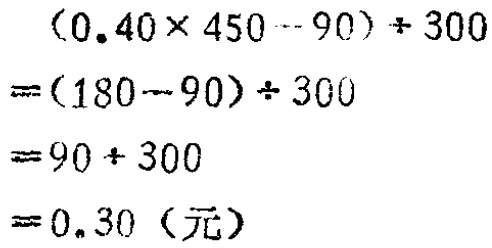
\((0.40\times 450 - 90)\div 300\)
\(=(180 - 90)\div 300\)
\(=90\div 300\)
\(=0.30（元）\)